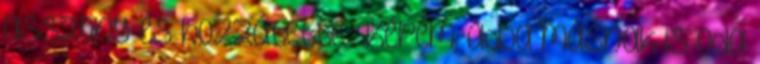
asszony és hozzátette : Kérem, adja másnak is oda